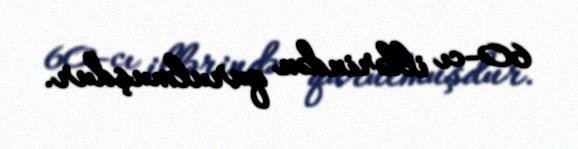
60-cı illərindən qurulmuşdur.